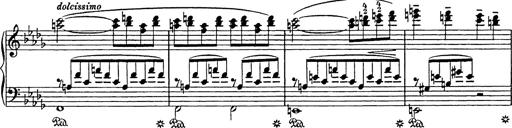
Title: Consolations
Composer: Franz Liszt